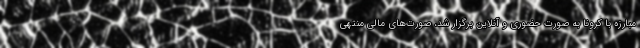
مبارزه با کرونا به صورت حضوری و آنلاین برگزار شد، صورت‌های مالی منتهی